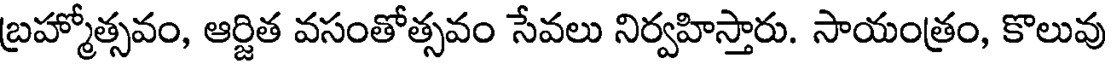
బ్రహ్మోత్సవం, ఆర్జిత వసంతోత్సవం సేవలు నిర్వహిస్తారు. సాయంత్రం, కొలువు